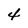
Character: 4